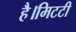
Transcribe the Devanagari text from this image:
है।मिटटी